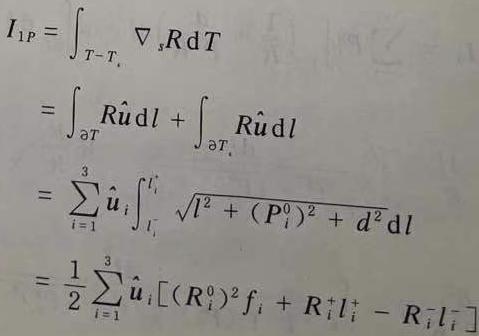
\[
\begin{align*}
I_{1P}&=\int_{T - T_*}\nabla_s R\mathrm{d}T\\
&=\int_{\partial T}R\hat{\boldsymbol{u}}\mathrm{d}l+\int_{\partial T_*}R\hat{\boldsymbol{u}}\mathrm{d}l\\
&=\sum_{i = 1}^{3}\hat{\boldsymbol{u}}_i\int_{l_i^-}^{l_i^+}\sqrt{l^2+(P_i^0)^2 + d^2}\mathrm{d}l\\
&=\frac{1}{2}\sum_{i = 1}^{3}\hat{\boldsymbol{u}}_i\left[(R_i^0)^2f_i+R_i^+l_i^+-R_i^-l_i^-\right]
\end{align*}
\]